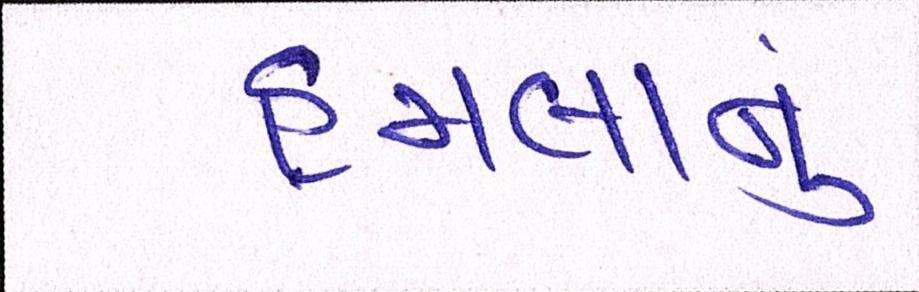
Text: હુમલાનું